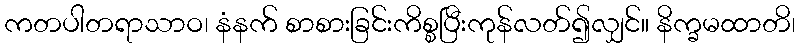
ကတပါတရာသာဝ၊ နံနက် စာစားခြင်းကိစ္စပြီးကုန်လတ်၍လျှင်။ နိက္ခမထာတိ၊